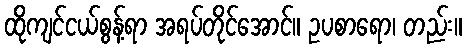
ထိုကျင်ငယ်စွန့်ရာ အရပ်တိုင်အောင်။ ဥပစာရော၊ တည်း။